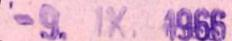
-9.IX.1966